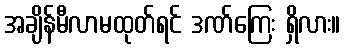
အချိန်မီလာမထုတ်ရင် ဒဏ်ကြေး ရှိလား။